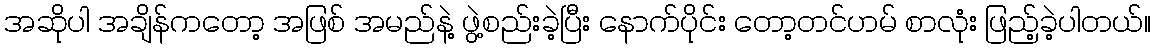
အဆိုပါ အချိန်ကတော့ အဖြစ် အမည်နဲ့ ဖွဲ့စည်းခဲ့ပြီး နောက်ပိုင်း တော့တင်ဟမ် စာလုံး ဖြည့်ခဲ့ပါတယ်။